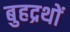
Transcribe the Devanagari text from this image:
बुहद्रथों